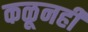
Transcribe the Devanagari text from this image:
कळूनही